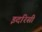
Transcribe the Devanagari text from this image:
इदरिसी